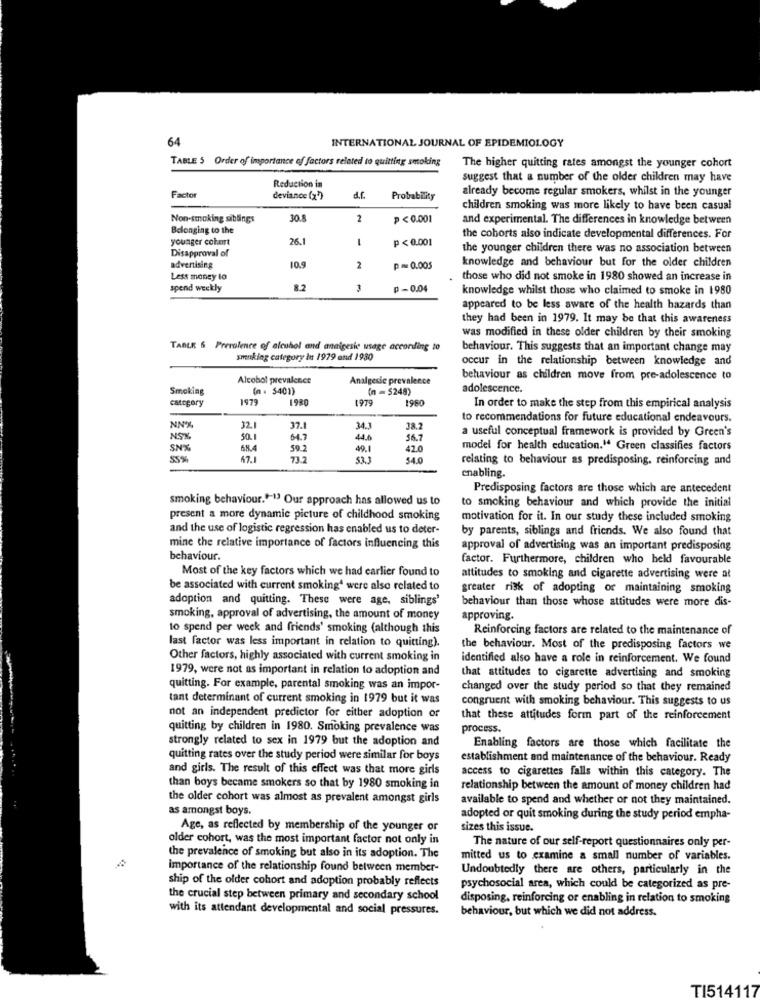
64
INTERNATIONAL JOURNAL OF EPIDEMIOLOGY
TABLE 5 Order of importance of factors related to quitting smoking
The higher quitting rates amongst the younger cohort
suggest that a number of the older children may have
Reduction in
already become regular smokers, whilst in the younger
Factor
deviance (x)
Probability
children smoking was more likely to have been casual
Non-smoking siblings
30.8
2
P <0.001
and experimental. The differences in knowledge between
Belonging to the
younger cohort
26.1
-
p < 0.001
the coborts also indicate developmental differences. For
Disapproval of
the younger children there was no association between
10.9
knowledge and behaviour but for the older children
advertising
2
p = 0.005
Less money to
those who did not smoke in 1980 showed an increase in
spend weekly
3
p-0.04
knowledge whilst those who claimed to smoke in 1980
appeared to be less aware of the health hazards than
they had been in 1979. It may be that this awareness
was modified in these older children by their smoking
TABLE & Prevalence of alcuhol and analgesic usage according to
behaviour. This suggests that an important change may
smoking category In 1979 and 1930
occur in the relationship between knowledge and
Alcohol prevalence
Analgesic prevalence
behaviour as children move from pre-adolescence to
Smoking
(n . $401)
(n = $248)
adolescence.
category
1979
1980
1979
1980
In order to make the step from this empirical analysis
to recommendations for future educational endeavours.
UN*X
32.
37.1
34.3
38.2
a useful conceptual framework is provided by Green's
NS%
50.1
64.7
4.6
56.7
IN%
68.4
59.2
49.1
42.0
model for health education." Green classifies factors
SSN
54.0
relating to behaviour as predisposing. reinforcing and
enabling.
Predisposing factors are those which are antecedent
smoking behaviour."-13 Our approach has allowed us to
to smoking behaviour and which provide the initial
present a more dynamic picture of childhood smoking
motivation for it. In our study these included smoking
and the use of logistic regression has enabled us to deter-
by parents, siblings and friends. We also found that
mine the relative importance of factors influencing this
approval of advertising was an important predisposing
behaviour.
factor. Furthermore, children who held favourable
Most of the key factors which we had carlier found to
attitudes to smoking and cigarette advertising were at
be associated with current smoking' were also related to
greater risk of adopting of maintaining smoking
adoption and quitting. These were age, siblings'
behaviour than those whose attitudes were more dis-
smoking, approval of advertising, the amount of money
approving.
to spend per week and friends' smoking (although this
Reinforcing factors are related to the maintenance of
last factor was less important in relation to quitting).
the behaviour. Most of the predisposing factors we
Other factors, highly associated with current smoking in
identified also have a role in reinforcement. We found
1979, were not as important in relation to adoption and
that attitudes to cigarette advertising and smoking
quitting. For example, parental smoking was an impor-
changed over the study period so that they remained
tant determinant of current smoking in 1979 but it was
congruent with smoking behaviour. This suggests to us
not an independent predictor for either adoption of
that these attitudes form part of the reinforcement
quitting by children in 1980. Smoking prevalence was
process.
strongly related to sex in 1979 but the adoption and
Enabling factors are those which facilitate the
quitting rates over the study period were similar for boys
establishment and maintenance of the behaviour. Ready
and girls. The result of this effect was that more girls
access to cigarettes falls within this category. The
than boys became smokers so that by 1980 smoking in
relationship between the amount of money children had
the older cohort was almost as prevalent amongst girls
available to spend and whether or not they maintained.
as amongst boys.
adopted or quit smoking during the study period empha-
Age, as reflected by membership of the younger or
sizes this issue.
older cohort, was the most important factor not only in
The nature of our self-report questionnaires only per-
the prevalence of smoking but also in its adoption. The
mitted us to examine a small number of variables.
importance of the relationship found between member-
Undoubtedly there are others, particularly in the
ship of the older cohort and adoption probably reflects
psychosocial area, which could be categorized as pre-
the crucial step between primary and secondary school
disposing, reinforcing or enabling in relation to smoking
with its attendant developmental and social pressures.
behaviour, but which we did not address.
TI514117